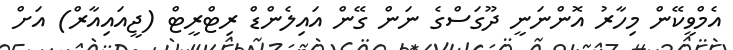
އެމްވީކޭން މިހާރު އޮންނަނީ ދޫގަސްގެ ނަން ގޭން އައިލެންޑް ރިޓްރީޓް (ޖީއައިއާރް) އަށް